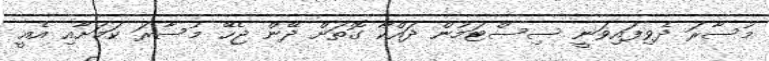
މުސާރަ ދެވިފައިވަނީ ސިސްޓަމުން ދައްކާ ގޮތަށް ދޭން ޖެހޭ މުސާރަ ކަމަށާއި އެއީ